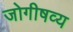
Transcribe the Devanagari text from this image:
जोगीषव्य